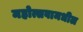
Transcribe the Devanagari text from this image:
महोत्सवामधील